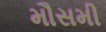
મૌસમી